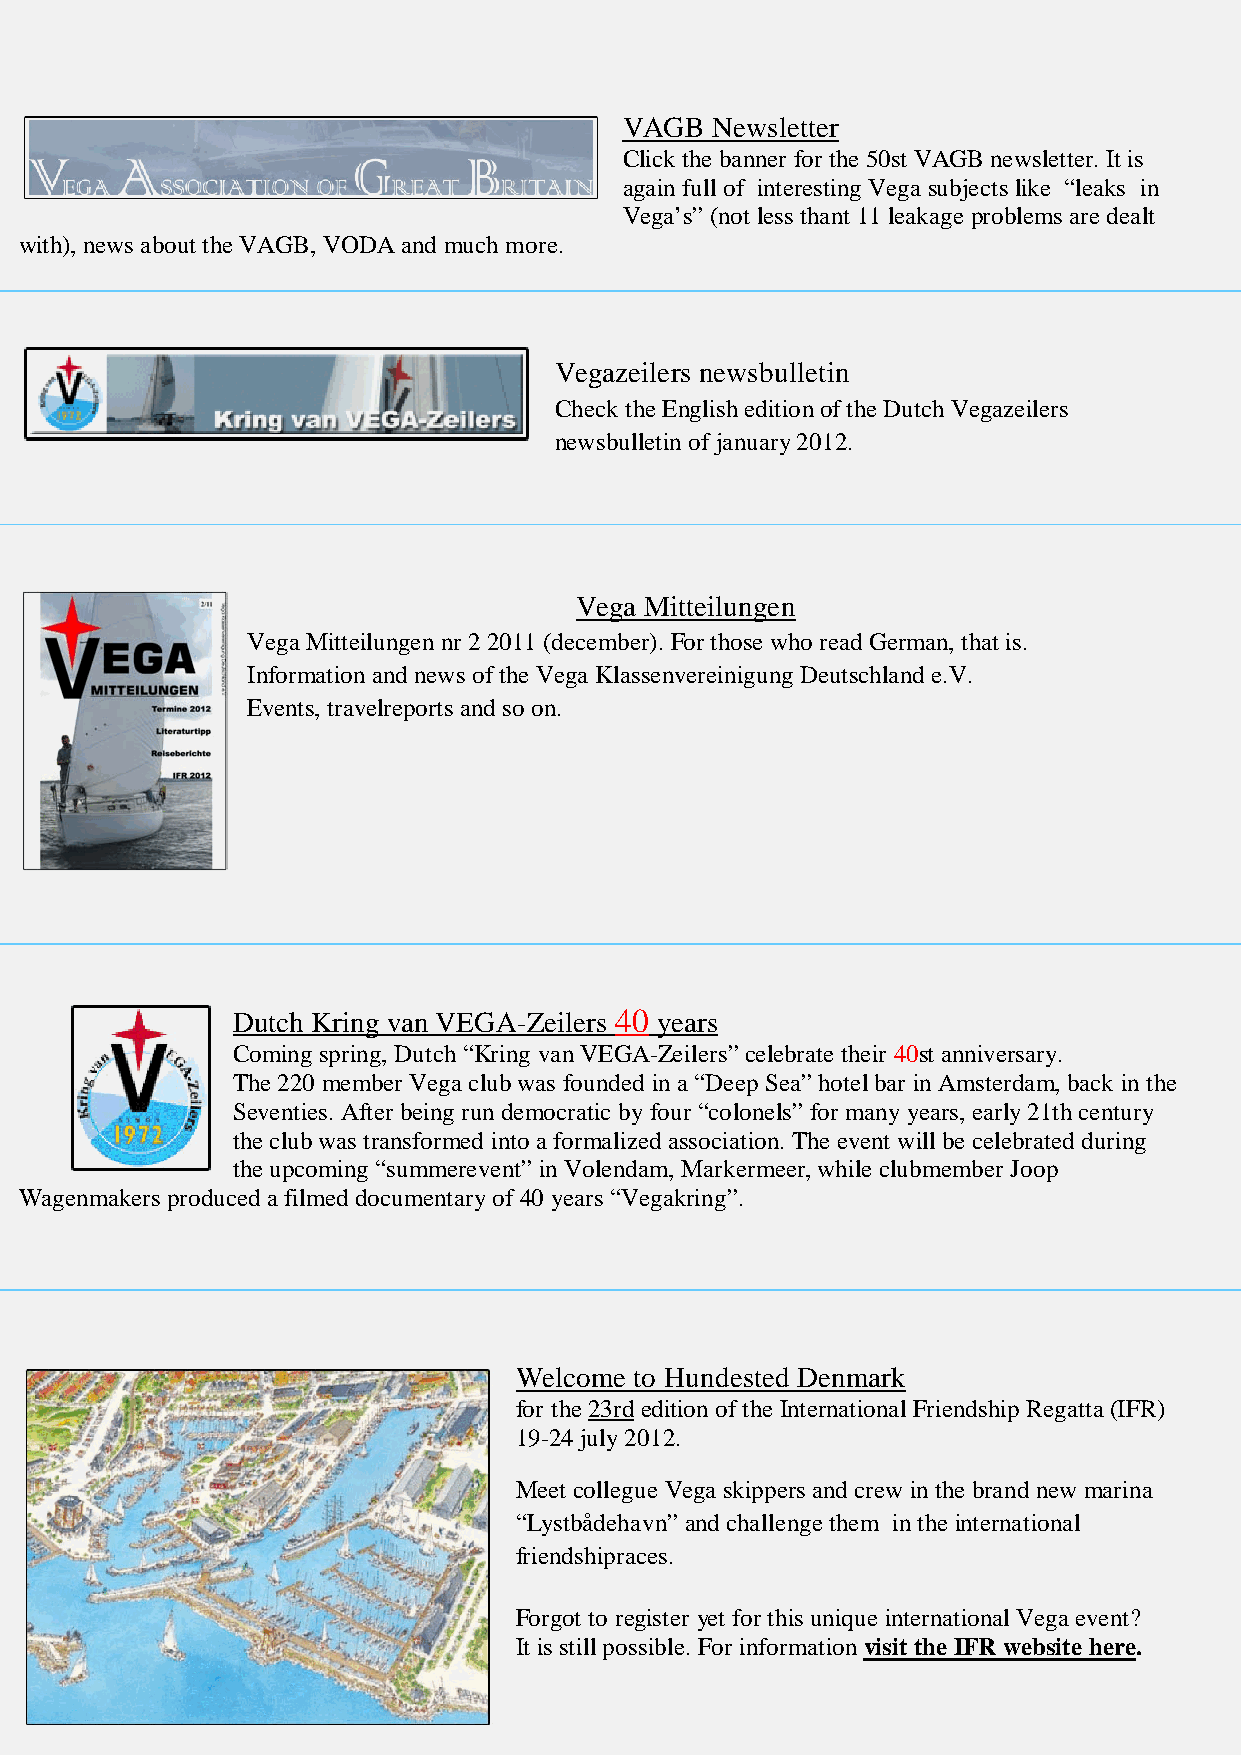
VAGB  Newsletter
 Click the banner for the 50st VAGB newsletter. It is
 again full of interesting Vega subjects like “leaks in
 Vega’s” (not less thant 11 leakage problems are dealt
 with), news about the VAGB, VODA and much more.
 Vegazeilers newsbulletin
 Check the English edition of the Dutch Vegazeilers
 newsbulletin of january 2012.
 Vega Mitteilungen
 Vega Mitteilungen nr 2 2011 (december). For those who read German, that is.
 Information and news of the Vega Klassenvereinigung Deutschland e.V.
 Events, travelreports and so on.
 Dutch Kring van VEGA-Zeilers 40 years
 Coming spring, Dutch “Kring van VEGA-Zeilers” celebrate their 40st anniversary.
 The 220 member Vega club was founded in a “Deep Sea” hotel bar in Amsterdam, back in the
 Seventies. After being run democratic by four “colonels” for many years, early 21th century
 the club was transformed into a formalized association. The event will be celebrated during
 the upcoming “summerevent” in Volendam, Markermeer, while clubmember Joop
 Wagenmakers produced a filmed documentary of 40 years “Vegakring”.
 Welcome to Hundested Denmark
 for the 23rd edition of the International Friendship Regatta (IFR)
 19-24 july 2012.
 Meet collegue Vega skippers and crew in the brand new marina
 “Lystbådehavn” and challenge them in the international
 friendshipraces.
 Forgot to register yet for this unique international Vega event?
 It is still possible. For information visit the IFR website here.